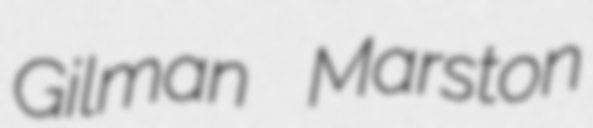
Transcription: Gilman Marston